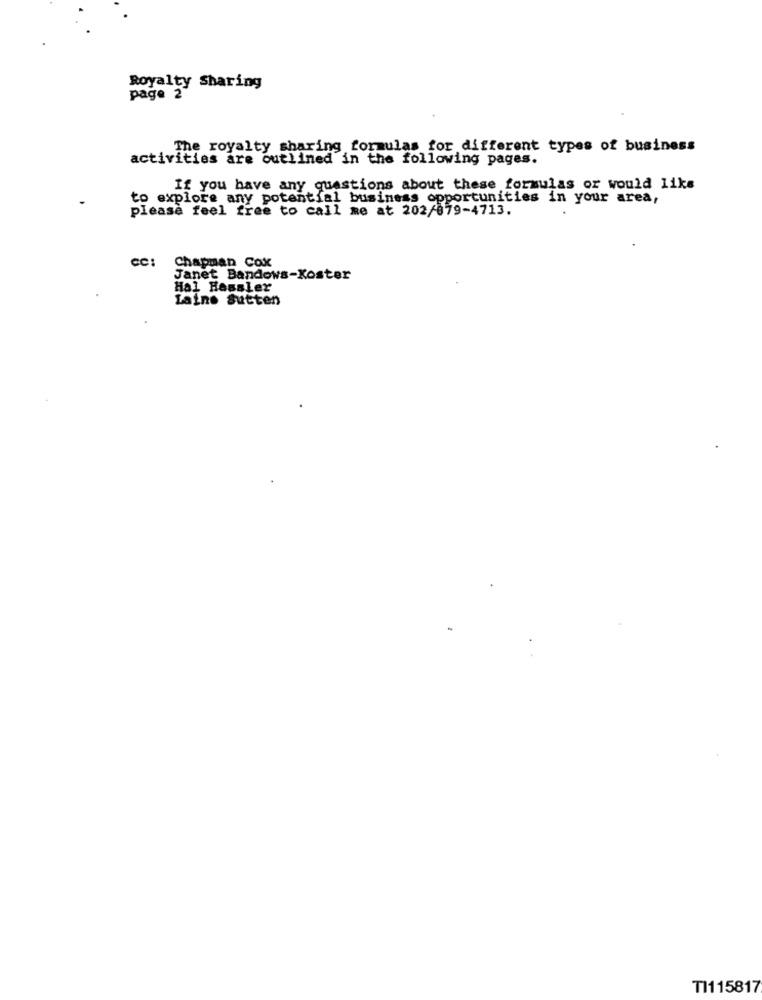
Royalty Sharing
page 2
The royalty sharing formulas for different types of business
activities are outlined in the following pages.
If you have any questions about these formulas or would like
to explore any potential business opportunities in your area,
please feel free to call me at 202/879-4713.
CC:
Chapman Cox
Janet Bandows-Koster
Hal Hessler
Laine Sutten
TI115817